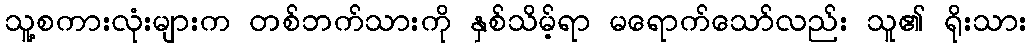
သူ့စကားလုံးများက တစ်ဘက်သားကို နှစ်သိမ့်ရာ မရောက်သော်လည်း သူ၏ ရိုးသား